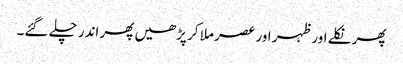
پھر نکلے اور ظہر اور عصر ملا کر پڑھیں پھر اندر چلے گئے۔